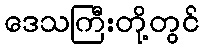
ဒေသကြီးတို့တွင်